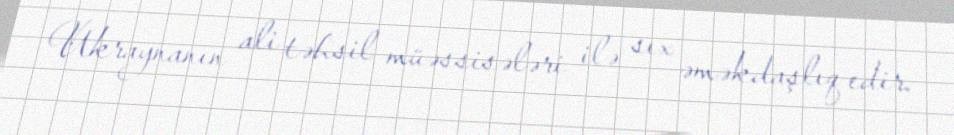
Ukraynanın ali təhsil müəssisələri ilə sıx əməkdaşlıq edir.